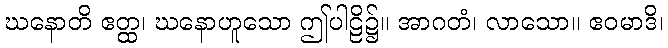
ဃနောတိ ဧတ္ထ၊ ဃနောဟူသော ဤပါဠိ၌။ အာဂတံ၊ လာသော။ ဧဝမာဒိ၊